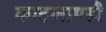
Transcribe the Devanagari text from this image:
काटमाण्डौ